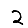
Digit: 2